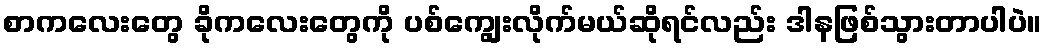
စာကလေးတွေ ခိုကလေးတွေကို ပစ်ကျွေးလိုက်မယ်ဆိုရင်လည်း ဒါနဖြစ်သွားတာပါပဲ။